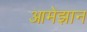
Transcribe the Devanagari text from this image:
आमेझान